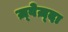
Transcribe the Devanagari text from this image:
ज़्वेज़्दा